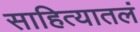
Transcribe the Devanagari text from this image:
साहित्यातलं